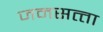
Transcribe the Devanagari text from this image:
जनसत्‍ता